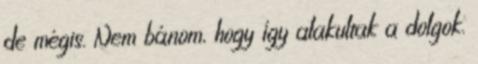
de mégis. Nem bánom, hogy így alakultak a dolgok.